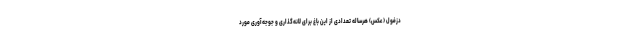
دزفول (عکس) هرساله تعدادی از این باغ برای لانه‌گذاری و جوجه‌آوری مورد